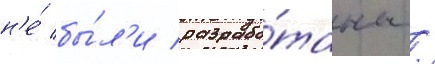
н'е́ бы́л'и разрабо́таны /